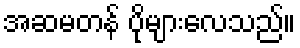
အဆမတန် ပိုများလေသည်။